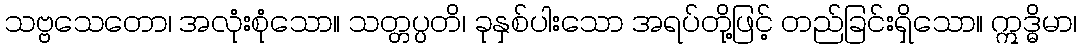
သဗ္ဗသေတော၊ အလုံးစုံသော။ သတ္တပ္ပတိ၊ ခုနှစ်ပါးသော အရပ်တို့ဖြင့် တည်ခြင်းရှိသော။ ဣဒ္ဓိမာ၊